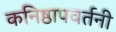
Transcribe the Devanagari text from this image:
कनिष्ठापवर्तनी